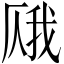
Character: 𫨎